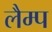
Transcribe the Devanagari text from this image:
लैम्‍प